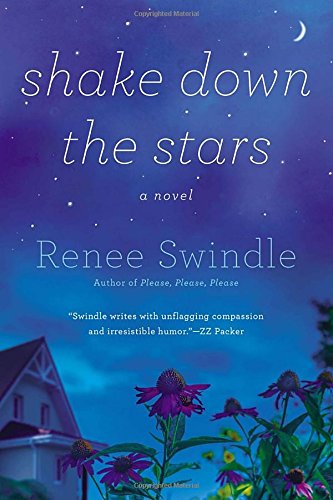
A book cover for Shake Down the Stars; Renee Swindle; Literature & Fiction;